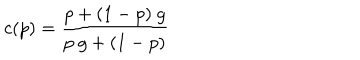
LaTeX: c ( p ) = { \frac { p + ( 1 - p ) \ g } { p \ g + ( 1 - p ) } }